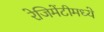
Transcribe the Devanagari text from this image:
रेजिमेंटीमध्ये